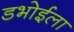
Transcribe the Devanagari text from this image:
डभोईला